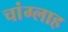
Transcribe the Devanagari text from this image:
चांग्लाह